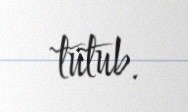
tutub.